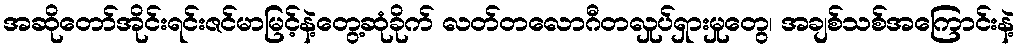
အဆိုတော်အိုင်းရင်းဇင်မာမြင့်နဲ့တွေ့ဆုံခိုက် လတ်တလောဂီတလှုပ်ရှားမှုတွေ၊ အချစ်သစ်အကြောင်းနဲ့